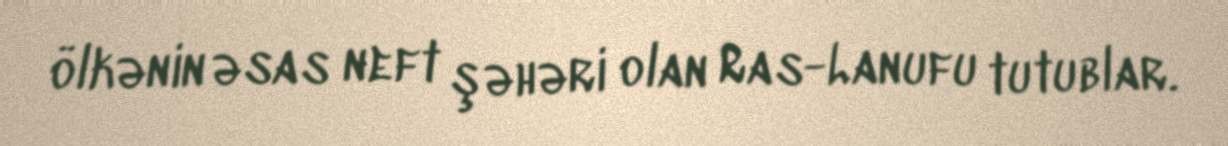
ölkənin əsas neft şəhəri olan Ras-Lanufu tutublar.